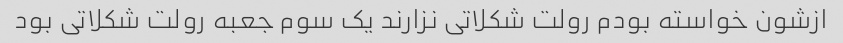
ازشون خواسته بودم رولت شکلاتی نزارند یک سوم جعبه رولت شکلاتی بود